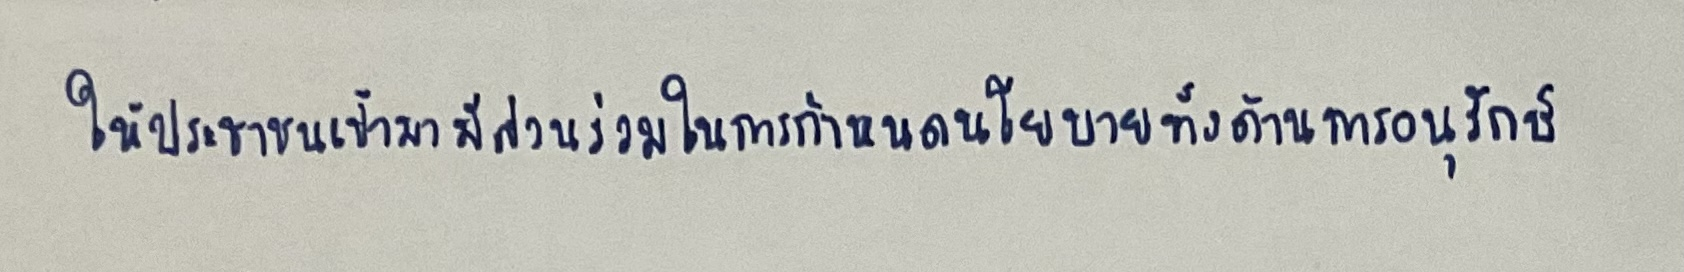
ให้ประชาชนเข้ามามีส่วนร่วมในการกำหนดนโยบายทั้งด้านการอนุรักษ์